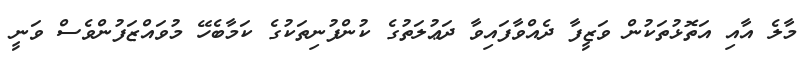
މާލެ އާއި އަތޮޅުތަކުން ވަޒީފާ ދެއްވާފައިވާ ދަޢުލަތުގެ ކުންފުނިތަކުގެ ކަމާބެހޭ މުވައްޒަފުންވެސް ވަނީ